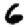
Digit: 6